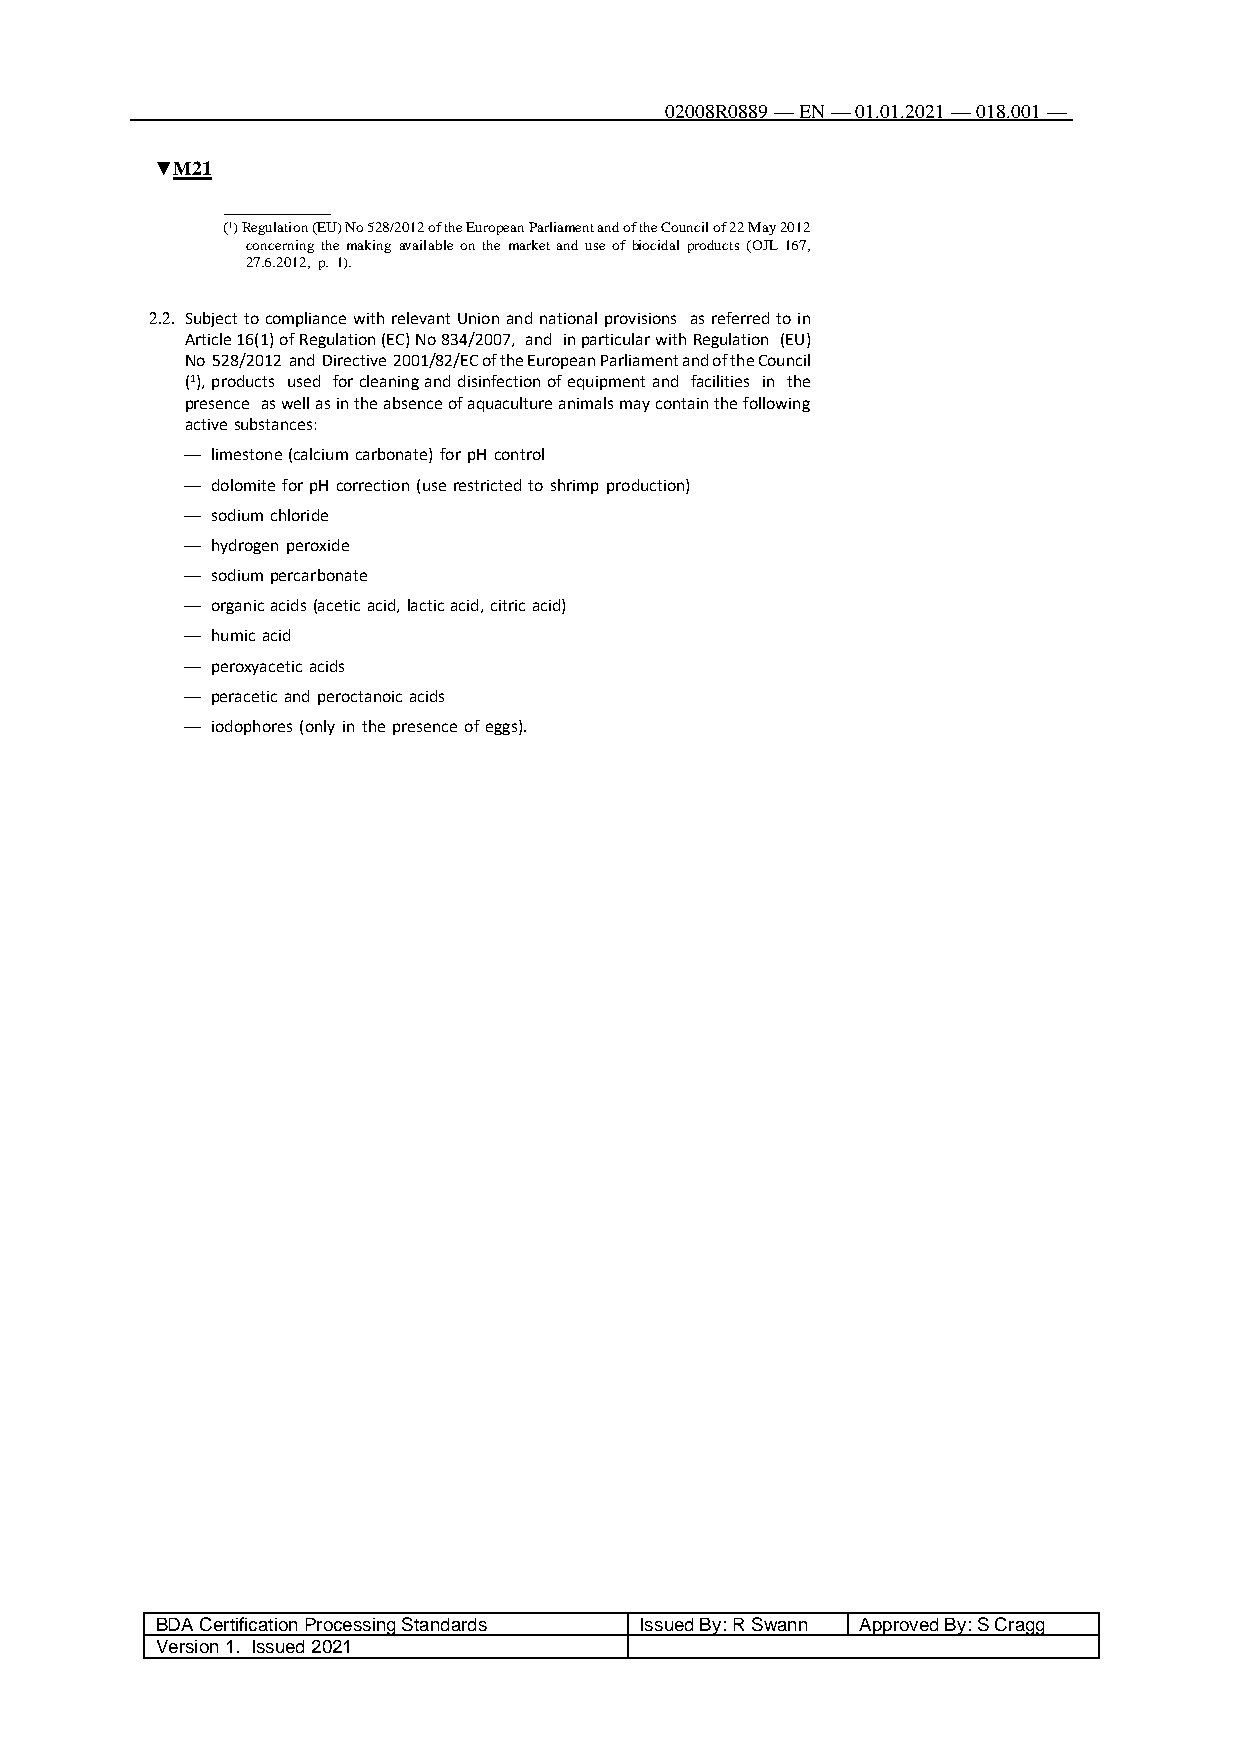
02008R0889 — EN — 01.01.2021 — 018.001 —
 122
 ▼M21
 (1) Regulation (EU) No 528/2012 of the European Parliament and of the Council of 22 May 2012
 concerning the making available on the market and use of biocidal products (OJ L 167,
 27.6.2012, p. 1).
 2.2. Subject to compliance with relevant Union and national provisions as referred to in
 Article 16(1) of Regulation (EC) No 834/2007, and in particular with Regulation (EU)
 No 528/2012 and Directive 2001/82/EC of the European Parliament and of the Council
 (1), products used for cleaning and disinfection of equipment and facilities in the
 presence as well as in the absence of aquaculture animals may contain the following
 active substances:
 — limestone (calcium carbonate) for pH control
 — dolomite for pH correction (use restricted to shrimp production)
 — sodium chloride
 — hydrogen peroxide
 — sodium percarbonate
 — organic acids (acetic acid, lactic acid, citric acid)
 — humic acid
 — peroxyacetic acids
 — peracetic and peroctanoic acids
 — iodophores (only in the presence of eggs).
 BDA Certification Processing Standards Issued By: R Swann Approved By: S Cragg
 Version 1. Issued 2021